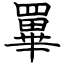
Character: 罼